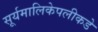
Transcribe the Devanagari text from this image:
सूर्यमालिकेपलीकडे